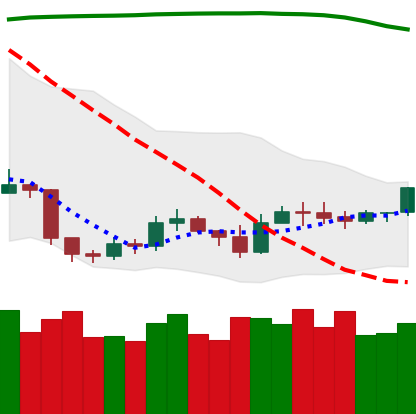
Ticker: ETH-USD
Chart end date: 2019-09-14
Forward return: 17.637%
Label: up_7plus